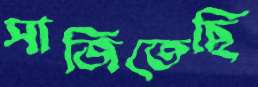
সাজিতেছি